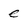
Character: e